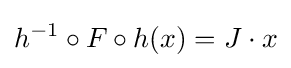
h^{-1}\circ F\circ h(x)=J\cdot x